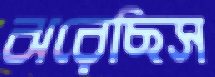
ঝরেছিস